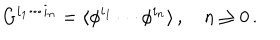
G ^ { i _ { 1 } \cdots i _ { n } } = \langle \phi ^ { i _ { 1 } } \cdots \phi ^ { i _ { n } } \rangle \, , \quad n \geq 0 \, .